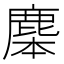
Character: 𪊜